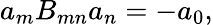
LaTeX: a_{m}B_{mn}a_{n}=-a_{0},